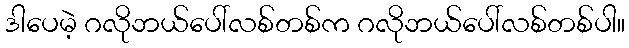
ဒါပေမဲ့ ဂလိုဘယ်ပေါ်လစ်တစ်က ဂလိုဘယ်ပေါ်လစ်တစ်ပါ။